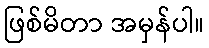
ဖြစ်မိတာ အမှန်ပါ။